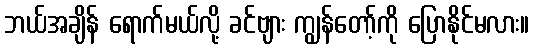
ဘယ်အချိန် ရောက်မယ်လို့ ခင်ဗျား ကျွန်တော့်ကို ပြောနိုင်မလား။